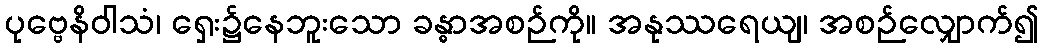
ပုဗ္ဗေနိဝါသံ၊ ရှေး၌နေဘူးသော ခန္ဓာအစဉ်ကို။ အနုဿရေယျ၊ အစဉ်လျှောက်၍